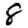
Digit: 8